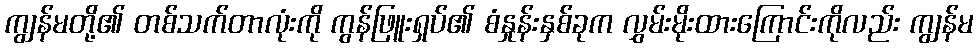
ကျွန်မတို့၏ တစ်သက်တာလုံးကို ကွန်ဖြူးရှပ်၏ စံနှုန်းနှစ်ခုက လွှမ်းမိုးထားကြောင်းကိုလည်း ကျွန်မ